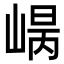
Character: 𡹾